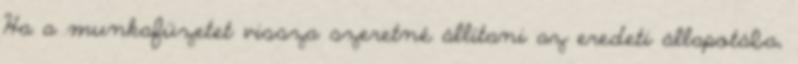
Ha a munkafüzetet vissza szeretné állítani az eredeti állapotába,